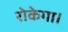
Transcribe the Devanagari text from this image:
रोकेगा।